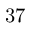
3 7